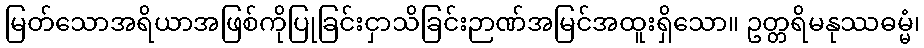
မြတ်သောအရိယာအဖြစ်ကိုပြုခြင်းငှာသိခြင်းဉာဏ်အမြင်အထူးရှိသော။ ဥတ္တရိမနုဿဓမ္မံ၊